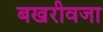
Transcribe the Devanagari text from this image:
बखरीवजा